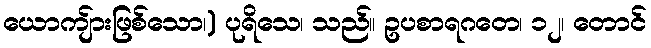
ယောကျ်ားဖြစ်သော၊) ပုရိသေ၊ သည်။ ဥပစာရဂတေ၊ ၁၂၊ တောင်